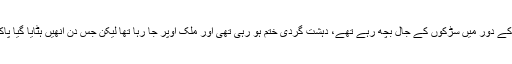
ان کا کہنا تھا کہ نواز شریف کے دور میں سڑکوں کے جال بچھ رہے تھے، دہشت گردی ختم ہو رہی تھی اور ملک اوپر جا رہا تھا لیکن جس دن انھیں ہٹایا گیا پاکستان کی تباہی شروع ہو گئی۔